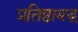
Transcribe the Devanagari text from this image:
प्रतिष्ठाबद्ध